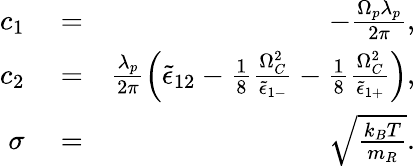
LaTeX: \begin{array}{rlr}{c_{1}}&{{}=}&{-\frac{\Omega_{p}\lambda_{p}}{2\pi},}\\ {c_{2}}&{{}=}&{\frac{\lambda_{p}}{2\pi}\left(\tilde{\epsilon}_{12}-\frac{1}{8}\frac{\Omega_{C}^{2}}{\tilde{\epsilon}_{1-}}-\frac{1}{8}\frac{\Omega_{C}^{2}}{\tilde{\epsilon}_{1+}}\right),}\\ {\sigma}&{{}=}&{\sqrt{\frac{k_{B}T}{m_{R}}}.}\end{array}